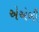
એએબી